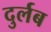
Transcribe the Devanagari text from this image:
दुर्लब